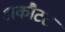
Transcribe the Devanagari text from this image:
अकौटंट